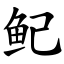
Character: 鱾